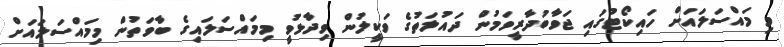
މި މައްސަލައަށް ހައިކޯޓުގައި ޖަވާބުދާރީވަމުން ދައުލަތުގެ ވަކީލުން ވިދާޅުވީ މިމައްސަލައިގެ ބާވަތުން މިމައްސަލައަށް